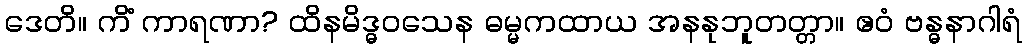
ဒေတိ။ ကိံ ကာရဏာ? ထိနမိဒ္ဓဝသေန ဓမ္မကထာယ အနနုဘူတတ္တာ။ ဧဝံ ဗန္ဓနာဂါရံ